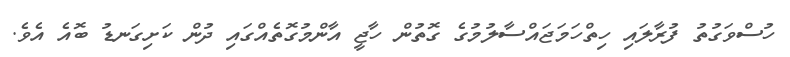
ހުސްވަގުތު ފުރާލައި ހިތްހަމަޖައްސާލުމުގެ ގޮތުން ހާޖީ އާންމުގޮތެއްގައި ދުން ކަށިގަނޑު ބޮއެ އެވެ.